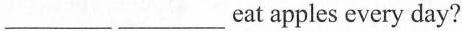
___ ___ eat apples every day?